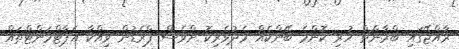
ރާއްޖޭގައި ބްރާންޗް ހުރި ކޮންމެ ބޭންކެއް މެދުވެރިކޮ ށްވެސް ޕްރެޑުން ވިއްކާ އެޕާޓްމަންޓްތައް